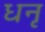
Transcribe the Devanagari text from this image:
धनृ